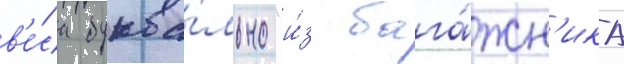
в'е́са буква́льно "и́з бага́жн'ика